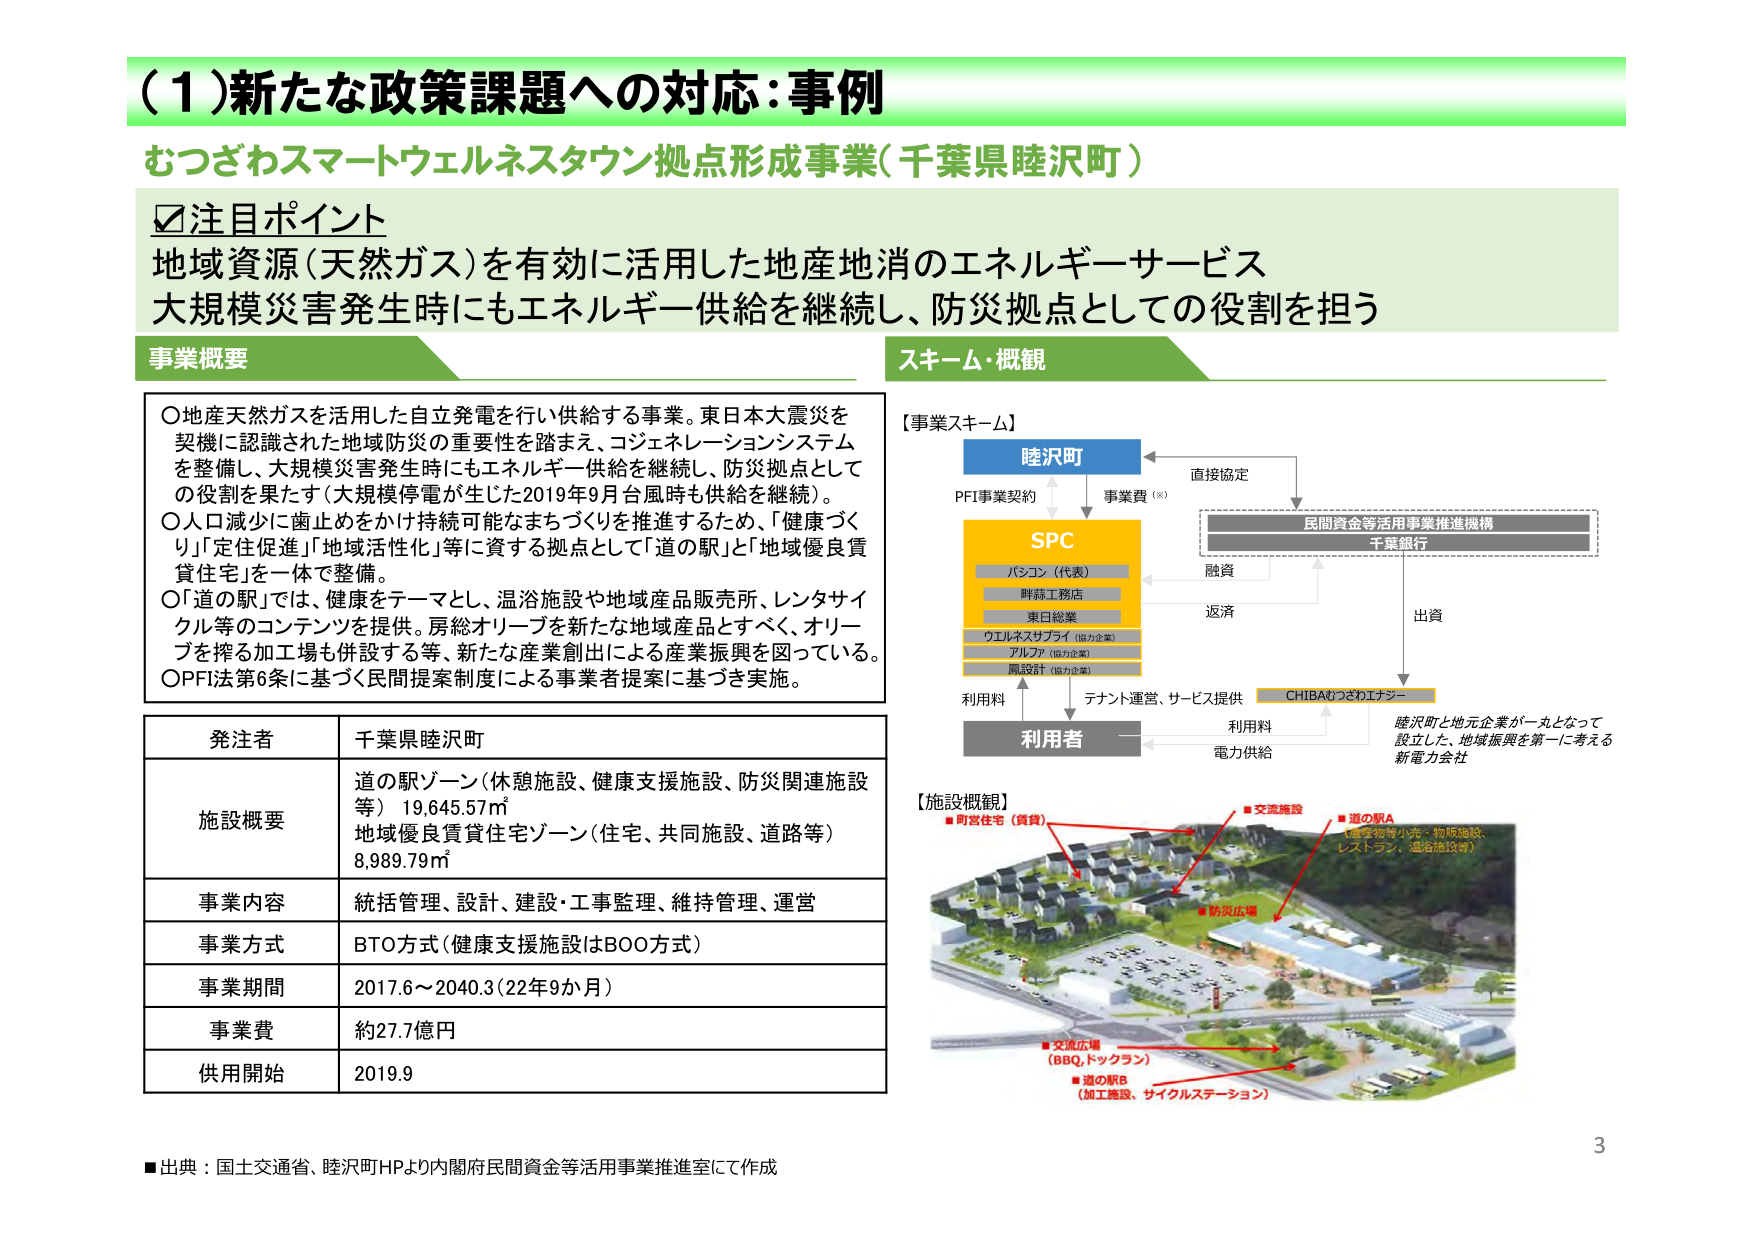
（１）新たな政策課題への対応：事例
むつざわスマートウェルネスタウン拠点形成事業（千葉県睦沢町）

☑注目ポイント
地域資源（天然ガス）を有効に活用した地産地消のエネルギーサービス
大規模災害発生時にもエネルギー供給を継続し、防災拠点としての役割を担う

事業概要
〇地産天然ガスを活用した自立発電を行い供給する事業。東日本大震災を
契機に認識された地域防災の重要性を踏まえ、コジェネレーションシステム
を整備し、大規模災害発生時にもエネルギー供給を継続し、防災拠点として
の役割を果たす（大規模停電が生じた2019年9月台風時も供給を継続）。
〇人口減少に歯止めをかけ持続可能なまちづくりを推進するため、「健康づくり」「定住促進」「地域活性化」等に資する拠点として「道の駅」と「地域優良賃貸住宅」を一体で整備。
〇「道の駅」では、健康をテーマとし、温浴施設や地域産品販売所、レンタサイクル等のコンテンツを提供。房総オリーブを新たな地域産品とすべく、オリーブを搾る加工場も併設する等、新たな産業創出による産業振興を図っている。
〇PFI法第6条に基づく民間提案制度による事業者提案に基づき実施。

発注者 千葉県睦沢町
施設概要 道の駅ゾーン（休憩施設、健康支援施設、防災関連施設等） 19,645.57㎡
地域優良賃貸住宅ゾーン（住宅、共同施設、道路等） 8,989.79㎡
事業内容 統括管理、設計、建設・工事監理、維持管理、運営
事業方式 BTO方式（健康支援施設はBOO方式）
事業期間 2017.6～2040.3（22年9か月）
事業費 約27.7億円
供用開始 2019.9

スキーム・概観
【事業スキーム】
睦沢町
PFI事業契約 事業費（※）
SPC
　　パシコン（代表）
　　鮮蒜工務店
　　東日総業
　　ウエルネスサプライ（協力企業）
　　アルファ（協力企業）
　　鳳設計（協力企業）
利用料 テナント運営、サービス提供
利用者
　　電力供給
　　CHIBAむつざわエナジー
　　睦沢町と地元企業が一丸となって
　　設立した、地域振興を第一に考える
　　新電力会社
　　直接協定
　　民間資金等活用事業推進機構
　　千葉銀行
　　融資
　　返済
　　出資

【施設概観】
■町営住宅（賃貸）
■交流施設
■道の駅A
　（農産物等小売・物販施設、
　レストラン、温浴施設等）
■防災広場
■交流広場
　（BBQ、ドッグラン）
■道の駅B
　（加工施設、サイクルステーション）

■出典：国土交通省、睦沢町HPより内閣府民間資金等活用事業推進室にて作成
3